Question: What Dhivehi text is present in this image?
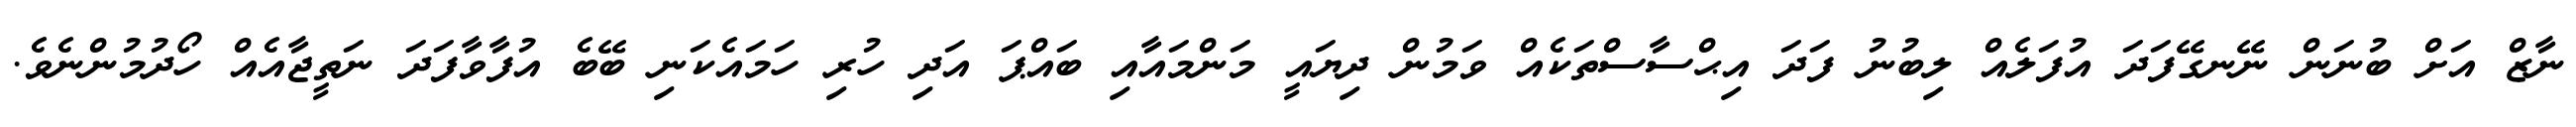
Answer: ނާޒް އަށް ބުނަން ނޭނގޭފަދަ އުފަލެއް ލިބުނު ފަދަ އިޙްސާސްތަކެއް ވަމުން ދިޔައީ މަންމައާއި ބައްޕަ އަދި ހުރި ހަމައެކަނި ބޭބެ އުފާވާފަދަ ނަތީޖާއެއް ހޯދުމުންނެވެ.